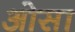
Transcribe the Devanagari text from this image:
ओसा